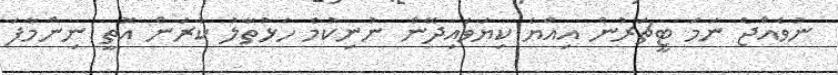
ނުވެއްޖެ ނަމަ ޓީޗަރުން އިއްޔެ ކިޔަވައިދޭން ނުނިކުމެ ހަޅުތާލު ކުރަން އޮތީ ނިންމާފަ